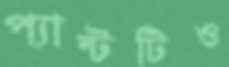
প্যান্টটিও